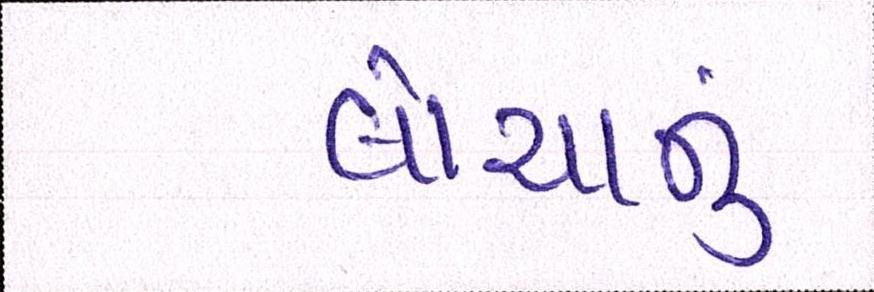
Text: લોચાનું